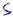
Text: S